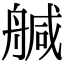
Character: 𦩢